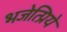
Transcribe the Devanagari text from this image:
भजेत्प्रिये